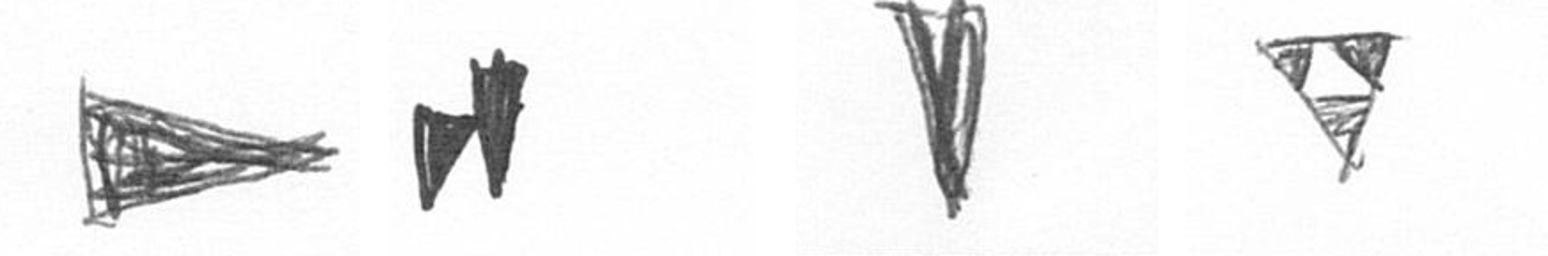
T M J S